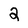
Character: 2